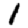
Digit: 1